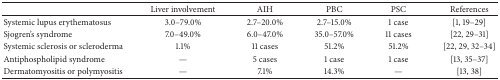
<table><thead><tr><td><b> </b></td><td><b>Liver involvement</b></td><td><b>AIH</b></td><td><b>PBC</b></td><td><b>PSC</b></td><td><b>References</b></td></tr></thead><tbody><tr><td>Systemic lupus erythematosus</td><td>3.0–79.0%</td><td>2.7–20.0%</td><td>2.7–15.0%</td><td>1 case</td><td>[1, 19–29]</td></tr><tr><td>Sjogren&#x27;s syndrome</td><td>7.0–49.0%</td><td>6.0–47.0%</td><td>35.0–57.0%</td><td>11 cases</td><td>[22, 29–31]</td></tr><tr><td>Systemic sclerosis or scleroderma</td><td>1.1%</td><td>11 cases</td><td>51.2%</td><td>51.2%</td><td>[22, 29, 32–34]</td></tr><tr><td>Antiphospholipid syndrome</td><td>—</td><td>5 cases</td><td>1 case</td><td>1 case</td><td>[13, 35–37]</td></tr><tr><td>Dermatomyositis or polymyositis</td><td>—</td><td>7.1%</td><td>14.3%</td><td>—</td><td>[13, 38]</td></tr></tbody></table>